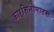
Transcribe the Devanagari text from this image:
कार्सिनोमाटस